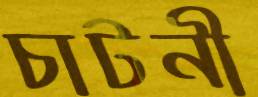
চাটনী